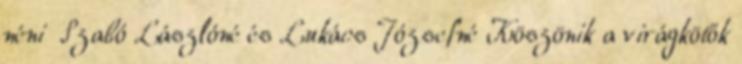
néni Szabó Lászlóné és Lukács Józsefné Köszönik a virágkötők